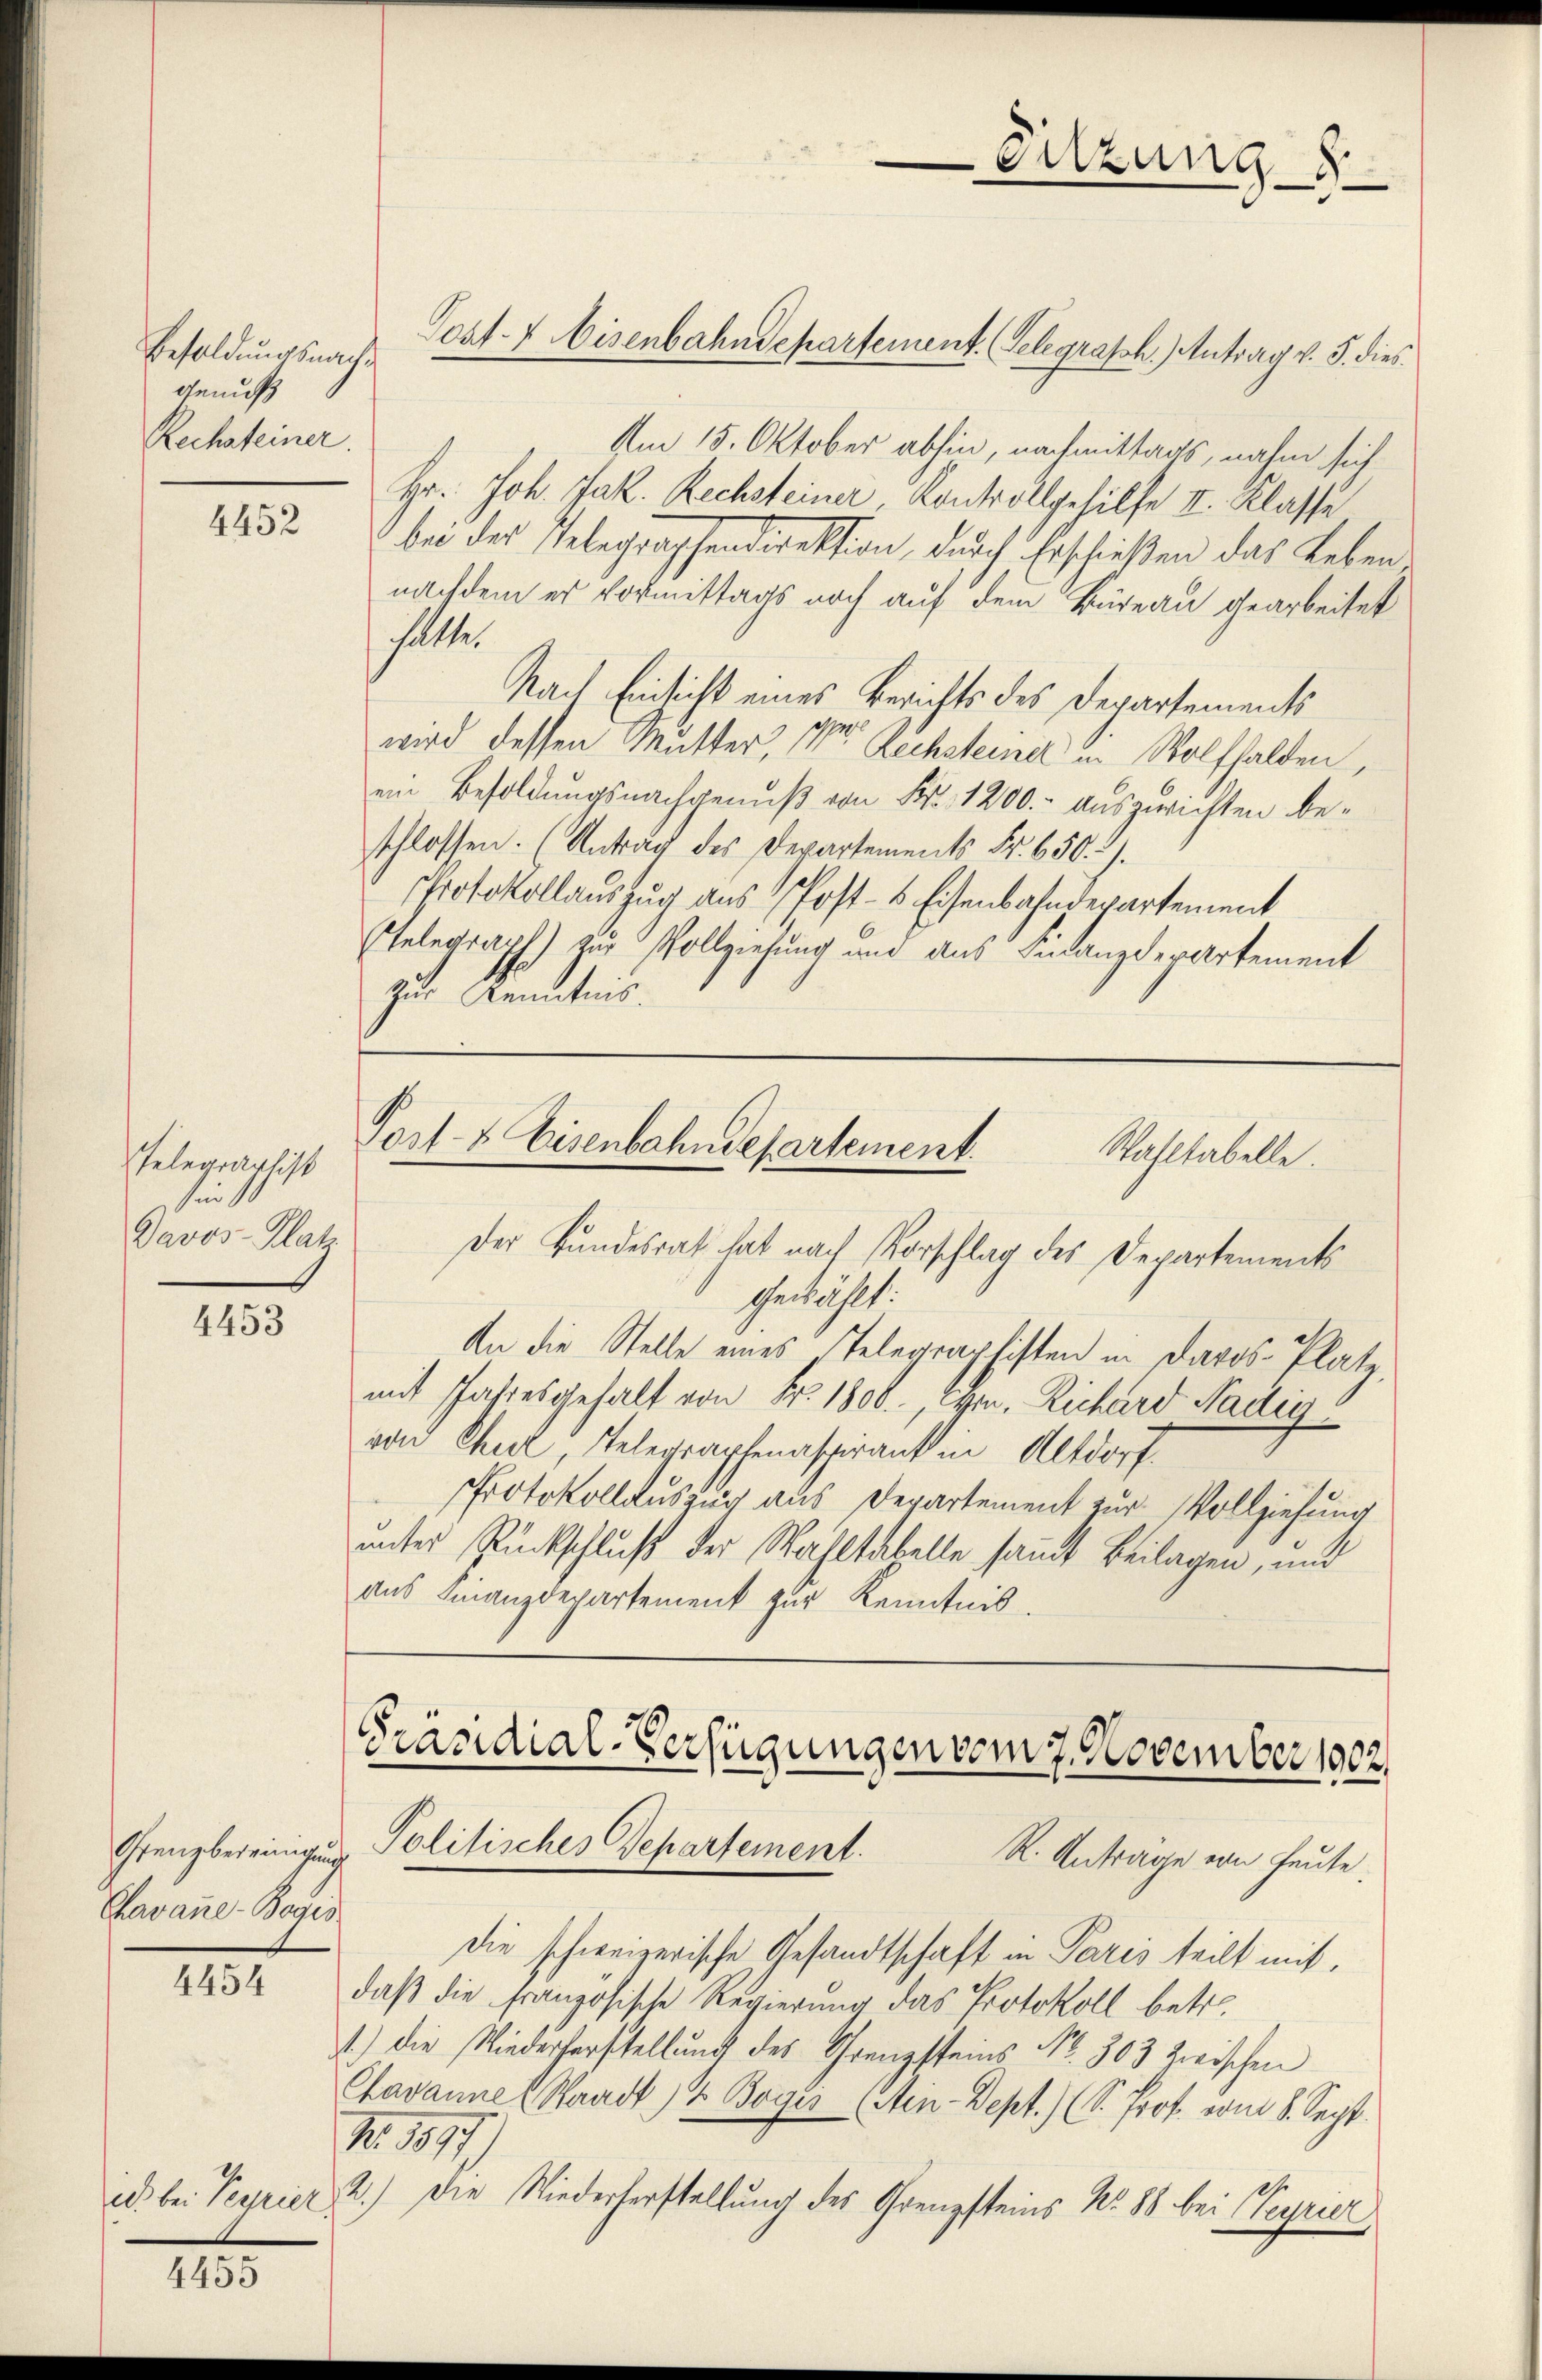
Besoldungsnachgenuß
Rechsteiner

4452

Telegraphist
hin 11
Davos- Platz

4453

Grenzbereinigung
Chavane-Bogis

1131.

ich bei Peyrier.

4455

Post- & Eisenbahndepartement. (Selegrasch. Antrag v. 5. dies
Am 15. Oktober abhin, nachmittags, nahm sich
Hr. Joh. Jak. Rechsteiner Kontrollgehilfe II. Klasse
bei der Telegraphendirektion, durch Erschießen das Leben
nachdem er vormittags noch auf dem Büreau gearbeitet
hatter
Nach Einsicht eines Berichts des Departements
wird dessen Mutter, der Rechsteiner in Wolfhalden,
ein Besoldungsnachgenuß von Fr. 1200.- ausgerichten beschlossen. (Antrag des Departements Fr. 650. ).
Protokollauszug aus Post- & Eisenbahndepartement
Etelegraph) zur Vollziehung und aus Finanzderartement
zur Kenntnis.

Der Bundesrat hat nach Vorschlag des Departements
Gewählt:
An die Stelle eines Telegraphisten in Davos- Platz,
mit Jahresgehalt von Fr. 1800., von Richard Nadies
von Chur, Telegraphenasprank in Altdorf.
Protokollauszug aus Departement zur Vollziehung
unter Rückschluß der Wahltabelle sammt Beilagen, und
aus Finanzdepartement zur Kenntnis.

Sitzung 8

Post- & Eisenbahndepartement.
Wahltabelle.

Präsidial-Verfügungen vom 7. November 1902
Politisches Departement. K. Antrage von heute.

die schweizerische Gesandtschaft in Paris teilt mit,
daß die Französische Regierung das Protokoll betr.
1.) Die Niederherstellung des Grenzsteins No. 303 zwischen
Chavannes Waadt) 2 Boges (Aen-Dept.) (S. Prof. vom 8. Sept.
Nr. 1877
2.) Die Niederherstellung des Grenzsteins No. 88 bei Teyrier